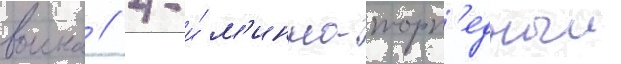
воина // 4-и́ м'инно-торп'едныи